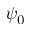
\psi _ { 0 }